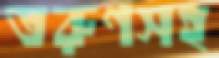
তরুণসহ